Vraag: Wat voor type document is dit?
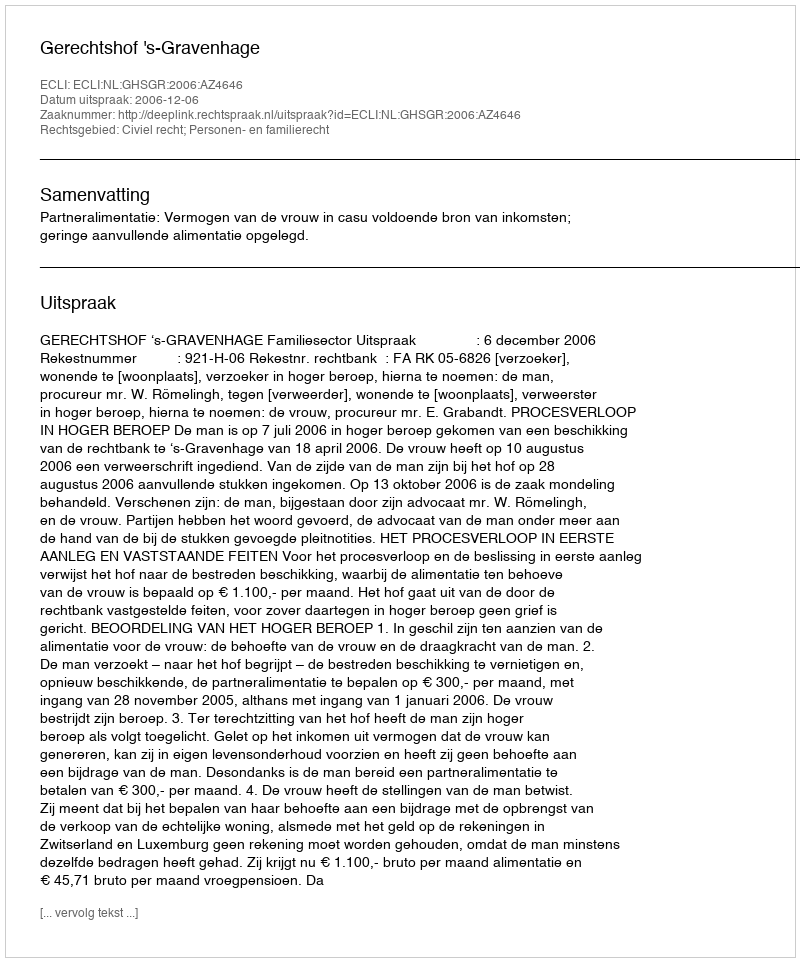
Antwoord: Uitspraak